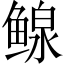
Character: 鳈